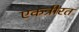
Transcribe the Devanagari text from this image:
एकत्रीरत